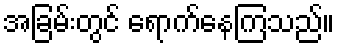
အခြမ်းတွင် ရောက်နေကြသည်။